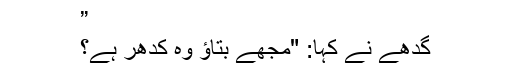
”
گدھے نے کہا: "مجھے بتاؤ وہ کدھر ہے؟